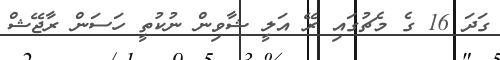
ގަދަ 16 ގެ މެޗުގައި ރޭ އަލީ ޝާވިން ނުކުތީ ހަސަން ރާޖޭޝް